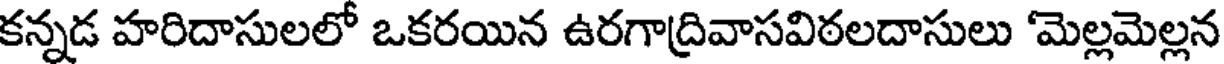
కన్నడ హరిదాసులలో ఒకరయిన ఉరగాద్రివాసవిఠలదాసులు 'మెల్లమెల్లన